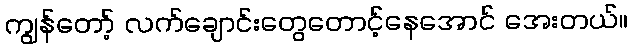
ကျွန်တော့် လက်ချောင်းတွေတောင့်နေအောင် အေးတယ်။